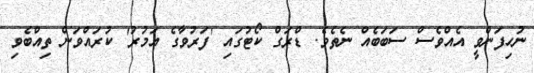
ނުހިފަންވީ އެއްވެސް ސަބަބެއް ނެތެވެ. ޑްރަގް ކޯޓުގައި 'ފަރުވާގެ އަމުރު' ކުރައްވަން ތިއްބެވި